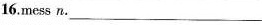
16.mess n. ___